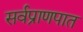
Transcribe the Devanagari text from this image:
सर्वप्राणपात